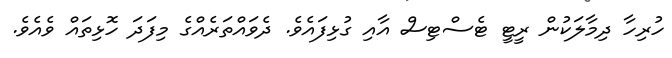
ހުރިހާ ދިމާލަކުން ރީޓީ ޓެސްޓިސް އާއި ގުޅިފައެވެ. ދެވައްތަރެއްގެ މިފަދަ ހޮޅިތައް ވެއެވެ.